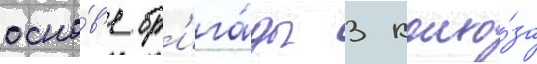
осно́в'е бр'ига́ды 3 колхо́за